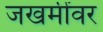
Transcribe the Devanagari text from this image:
जखमींवर